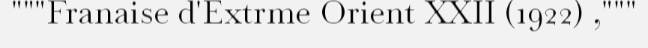
"""Franaise d'Extrme Orient XXII (1922) ,"""